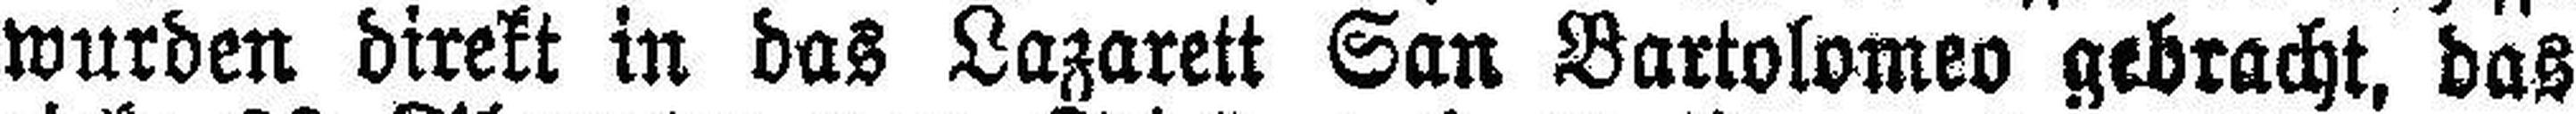
wurden direkt in das Lazarett San Bartolomeo gebracht, das